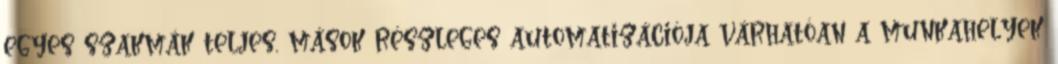
egyes szakmák teljes, mások részleges automatizációja várhatóan a munkahelyek